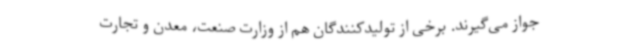
جواز می‌گیرند. برخی از تولیدکنندگان هم از وزارت صنعت، معدن و تجارت